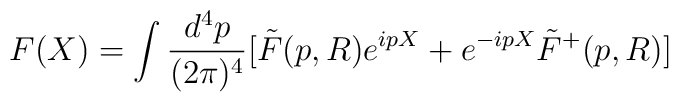
F(X)=\int \frac{d^4p}{(2{\pi})^4}[\tilde{F}(p,R) e^{ipX} +e^{-ipX}\tilde{F}^{+}(p,R)]